Report on vaccination in Madras 1904-1921 - 1904-1921
Year: 1904
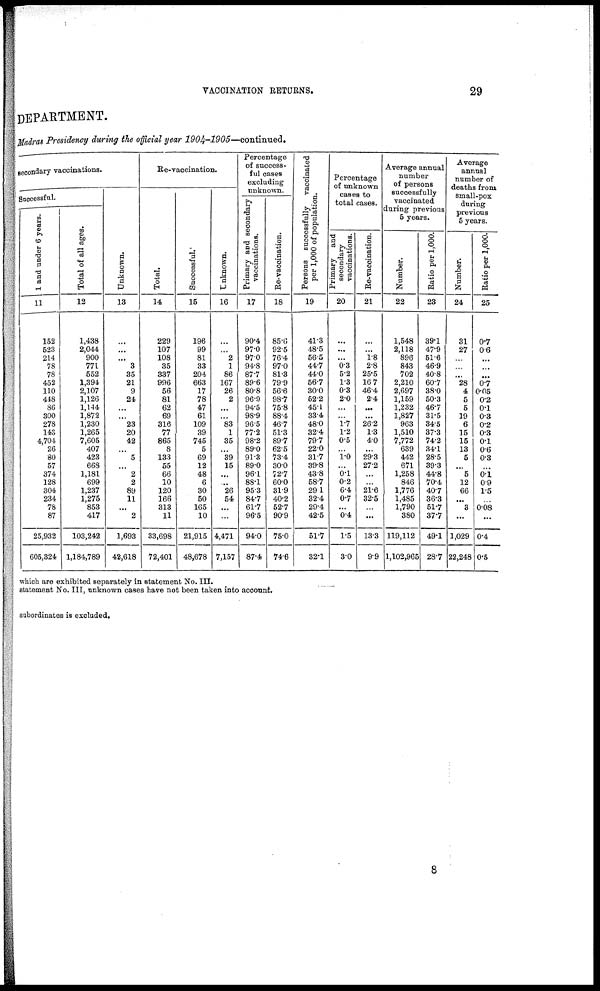
VACCINATION RETURNS.
29
DEPARTMENT.
Madras Presidency during the official year
1904-1905—continued.
secondary vaccinations.
Successful.
1 and under 6 years.
11
152
523
214
78
78
452
110
448
86
300
278
143
4,704
26
80
57
374
128
304
234
78
87
25,932
605,324
Total of all ages.
12
1,438
2,044
900
771
552
1,394
2,107
1,126
1,144
1,872
1,230
1,265
7,605
407
423
668
1,181
699
1,237
1,275
853
417
103,242
1,184,789
Unknown.
13
...
...
...
3
35
21
9
24
...
...
23
20
42
...
5
...
2
2
89
11
...
2
1,693
42,618
Re-vaccination.
Total.
14
229
107
108
35
337
996
56
81
62
69
316
77
865
8
133
55
66
10
120
166
313
11
33,698
72,401
Successful.
15
196
99
81
33
204
663
17
78
47
61
109
39
745
5
69
12
48
6
30
50
165
10
21,915
48,678
Unknown.
16
...
...
2
1
86
167
26
2
...
...
83
1
35
...
39
15
...
...
26
54
...
...
4,471
7,157
Percentage
of success-
ful cases
excluding
unknown.
Primary and secondary
vaccinations.
17
90.4
97.0
97.0
94.8
87.7
89.6
80.8
96.9
94.5
98.9
96.5
77.2
98.2
89.0
91.3
89.0
96.1
88.1
95.3
84.7
61.7
96.5
94.0
87.4
Re-vaccination.
18
85.6
92.5
76.4
97.0
81.3
79.9
56.6
98.7
75.8
88.4
46.7
51.3
89.7
62.5
73.4
30.0
72.7
60.0
31.9
40.2
52.7
90.9
75.0
74.6
Persons successfully vaccinated
per 1,000 of population.
19
41.3
48.5
56.5
44.7
44.0
56.7
30.0
52.2
45.1
33.4
48.0
32.4
79.7
22.0
31.7
39.8
43.8
58.7
29.1
32.4
29.4
42.5
51.7
32.1
Percentage
of unknown
cases to
total cases.
Primary and
secondary
vaccinations.
20
...
...
...
0.3
5.2
1.3
0.3
2.0
...
...
1.7
1.2
0.5
...
1.0
...
0.1
0.2
6.4
0.7
...
0.4
1.5
3.0
Re-vaccination.
21
...
...
1.8
2.8
25.5
16.7
46.4
2.4
...
...
26.2
1.3
4.0
...
29.3
27.2
...
...
21.6
32.5
...
...
13.3
9.9
Average annual
number
of persons
successfully
vaccinated
during previous
5 years.
Number.
Ratio per 1,000.
22
1,548
2,118
896
843
702
2,210
2,697
1,159
1,232
1,827
963
1,510
7,772
639
442
671
1,258
846
1,776
1,485
1,790
380
119,112
1,102,965
23
39.1
47.9
51.6
46.9
40.8
60.7
38.0
50.3
46.7
31.5
34.5
37.3
74.2
34.1
28.5
39.3
44.8
70.4
40.7
36.3
51.7
37.7
49.1
28.7
Average
annual
number of
deaths from
small-pox
during
previous
5 years.
Number.
24
31
27
...
...
...
28
4
5
5
19
6
15
15
13
5
...
5
12
66
...
3
...
1,029
22,248
Ratio per 1,000.
25
0.7
0.6
...
...
...
0.7
0.05
0.2
0.1
0.3
0.2
0.3
0.1
0.6
0.3
...
0.1 0.9
1.5
...
0.08
...
0.4
0.5
which are exhibited separately in statement No. III.
statement No. III, unknown cases have not been taken into account.
subordinates is excluded.
8